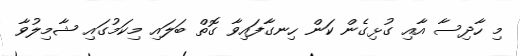
މި ހާދިސާ އާއި ގުޅިގެން ކަން ހިނގާފައިވާ ގޮތް ބަލައި މިކަމުގައި ޝާމިލުވާ